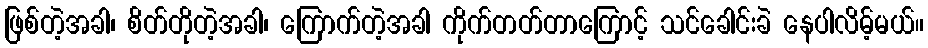
ဖြစ်တဲ့အခါ၊ စိတ်တိုတဲ့အခါ၊ ကြောက်တဲ့အခါ ကိုက်တတ်တာကြောင့် သင်ခေါင်းခဲ နေပါလိမ့်မယ်။